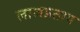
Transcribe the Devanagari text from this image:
लालप्रताप